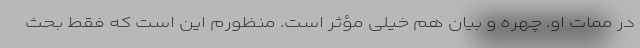
در ممات او. چهره و بیان هم خیلی مؤثر است. منظورم این است که فقط بحث